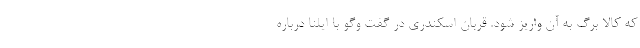
که کالا برگ به آن واریز شود. قربان اسکندری در گفت وگو با ایلنا درباره